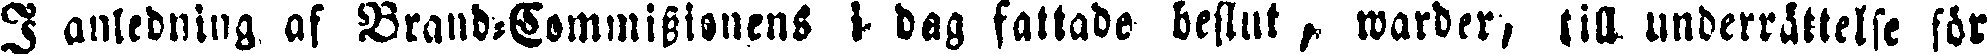
I anledning af Brand-Commissionens i dag fattade beslut , warder, till underrättelse för